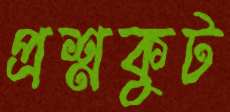
প্রশ্নকুট